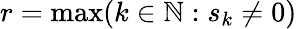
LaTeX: r=\mathrm{max}(k\in\mathbb{N}:s_{k}\neq 0)